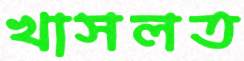
খাসলত